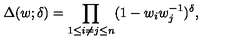
\Delta ( w ; \delta ) = \prod _ { 1 \leq i \neq j \leq n } ( 1 - w _ { i } w _ { j } ^ { - 1 } ) ^ { \delta } ,